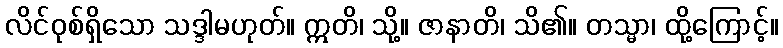
လိင်ဝုစ်ရှိသော သဒ္ဒါမဟုတ်။ ဣတိ၊ သို့။ ဇာနာတိ၊ သိ၏။ တသ္မာ၊ ထို့ကြောင့်။